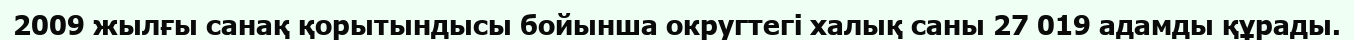
2009 жылғы санақ қорытындысы бойынша округтегі халық саны 27 019 адамды құрады.